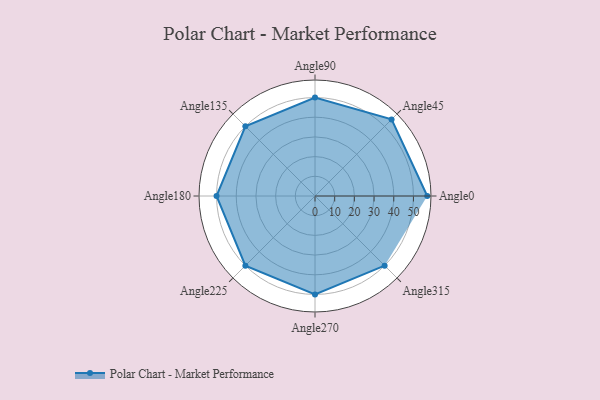
{"axis": {"x": "Angle", "y": "Radius"}, "legend": [""], "data": [{"x": "Angle0", "y": 57.0, "type": ""}, {"x": "Angle45", "y": 55.0, "type": ""}, {"x": "Angle90", "y": 50, "type": ""}, {"x": "Angle135", "y": 50, "type": ""}, {"x": "Angle180", "y": 50, "type": ""}, {"x": "Angle225", "y": 50, "type": ""}, {"x": "Angle270", "y": 50, "type": ""}, {"x": "Angle315", "y": 50, "type": ""}]}